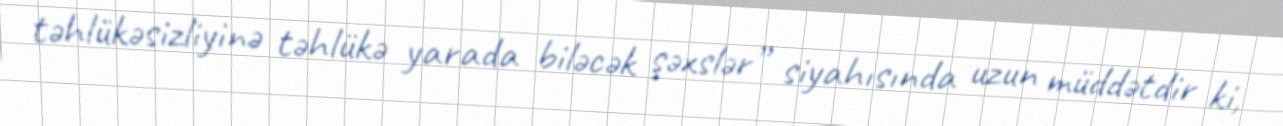
təhlükəsizliyinə təhlükə yarada biləcək şəxslər” siyahısında uzun müddətdir ki,